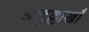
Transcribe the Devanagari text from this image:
अब्दुल्लाखाँ